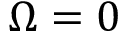
\boldsymbol { \Omega } = \boldsymbol { 0 }